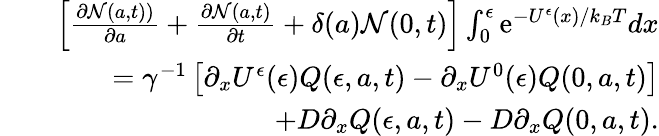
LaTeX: \begin{array}{rlr}&{}&{\left[\frac{\partial{\mathcal N}(a,t))}{\partial a}+\frac{\partial{\mathcal N}(a,t)}{\partial t}+\delta(a){\mathcal N}(0,t)\right]\int_{0}^{\epsilon}{\mathrm e}^{-U^{\epsilon}(x)/k_{B}T}dx}\\ &{}&{=\gamma^{-1}\left[\partial_{x}U^{\epsilon}(\epsilon)Q(\epsilon,a,t)-\partial_{x}U^{0}(\epsilon)Q(0,a,t)\right]}\\ &{}&{\quad+D\partial_{x}Q(\epsilon,a,t)-D\partial_{x}Q(0,a,t).}\end{array}